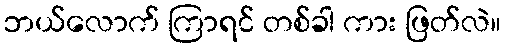
ဘယ်လောက် ကြာရင် တစ်ခါ ကား ဖြတ်လဲ။